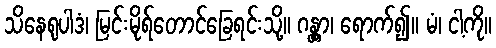
သိနေရုပါဒံ၊ မြင်းမိုရ်တောင်ခြေရင်းသို့။ ဂန္တွာ၊ ရောက်၍။ မံ၊ ငါ့ကို။